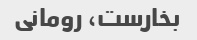
بخارست، رومانی